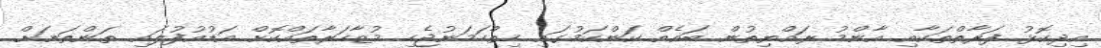
އިދިކޮޅު ފަރާތްތަކާއި އާންމު ރައްޔިތުން ބައެއް ކަންކަމުގައި ހިތްހަމަނުޖެހި މުޒާހަރާތައްކޮށް އަޑުއުފުލައި ތަންތަނަށް